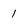
Character: 1